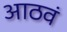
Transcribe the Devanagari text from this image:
आठवं